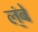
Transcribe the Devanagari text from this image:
ल्ंबे